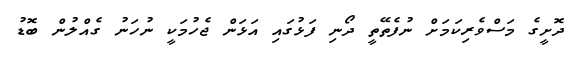
ދޮށީގެ މަސްވެރިކަމަށް ނުފެތޭތީ ދޯނި ފަޅުގައި އަޅަން ޖެހުމަކީ ނުހަނު ގެއްލުން ބޮޑު